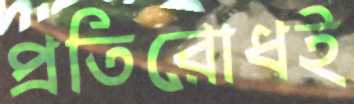
প্রতিরোধই